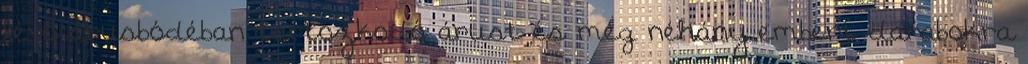
lévő árusbódéban tartózkodó árust és még néhány embert darabokra